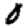
Digit: 0